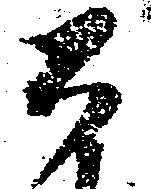
公